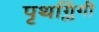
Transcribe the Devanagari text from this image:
पृथग्लिंगी